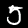
Label: 5